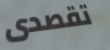
تقصدى